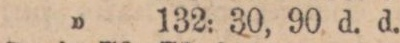
” 132: 30, 90 d. d.